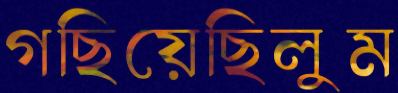
গছিয়েছিলুম